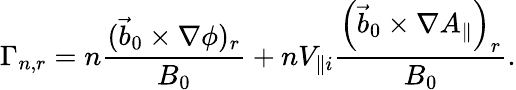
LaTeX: \Gamma_{n,r}=n\frac{(\vec{b}_{0}\times\nabla\phi)_{r}}{B_{0}}+nV_{\parallel i}\frac{\left(\vec{b}_{0}\times\nabla A_{\parallel}\right)_{r}}{B_{0}}.